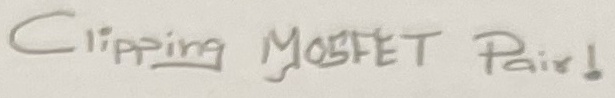
Text: Clipping MOSFET Pair!